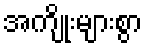
အကျိုးများစွာ